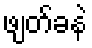
ဖျတ်ခနဲ